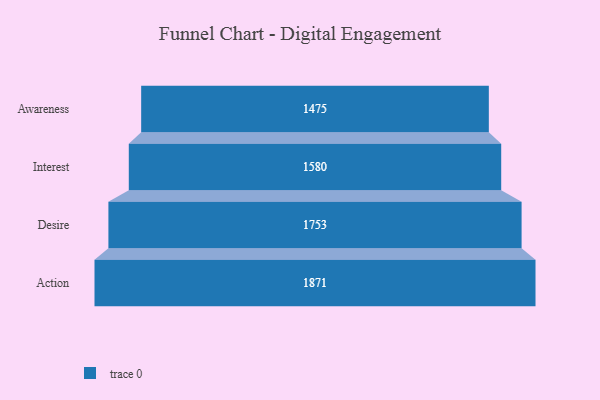
{"axis": {"x": "Stage", "y": "Value"}, "legend": [""], "data": [{"x": "Awareness", "y": 1475.0, "type": ""}, {"x": "Interest", "y": 1580.0, "type": ""}, {"x": "Desire", "y": 1753.0, "type": ""}, {"x": "Action", "y": 1871.0, "type": ""}]}